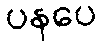
ပနပေ